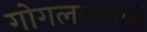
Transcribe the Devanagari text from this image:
गोगलगायीचे